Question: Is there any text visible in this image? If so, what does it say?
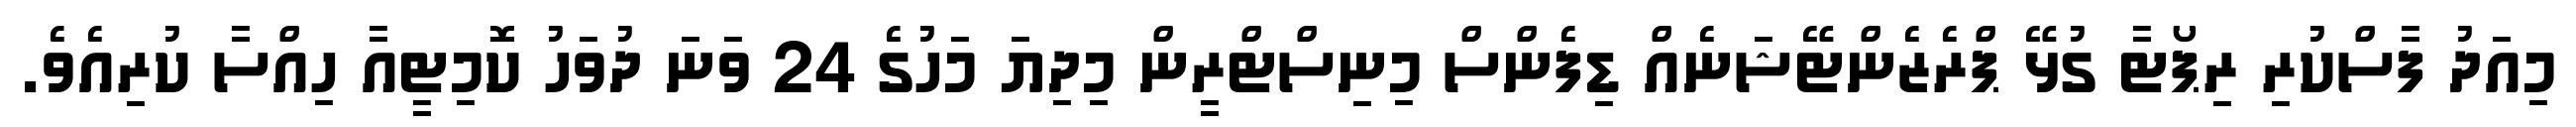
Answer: މިއަދު ފާސްކުރި ރިޕޯޓާ ގުޅޭ ޕްރެޒެންޓޭޝަނެއް ޑިފެންސް މިނިސްޓްރީން މިދިޔަ މަހުގެ 24 ވަނަ ދުވަހު ކޮމިޓީއާ ހިއްސާ ކުރިއެވެ.